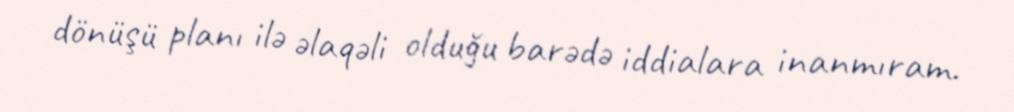
dönüşü planı ilə əlaqəli olduğu barədə iddialara inanmıram.